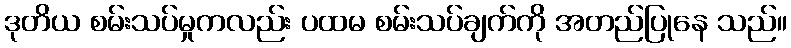
ဒုတိယ စမ်းသပ်မှုကလည်း ပထမ စမ်းသပ်ချက်ကို အတည်ပြုနေ သည်။